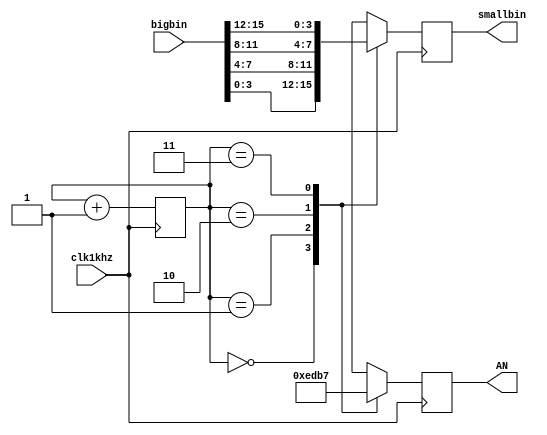
`timescale 1ns / 1ps
module big2small(bigbin, smallbin, AN, clk1khz);
	input [15:0] bigbin;
	output reg [3:0] smallbin;
	output reg [3:0] AN;
	input clk1khz; 
	reg [1:0] count; 
	
	initial begin
		AN = 0;
		smallbin = 0;
		count = 1'b0;
	end
	
	always @(posedge clk1khz) begin
		case (count)
		2'b00: begin 
			AN=4'b1110;
			smallbin = bigbin[3:0];
		end
		2'b01: begin 
			AN=4'b1101;
			smallbin=bigbin[7:4];
		end
		2'b10: begin 
			AN=4'b1011;
			smallbin=bigbin[11:8];
		end
		2'b11: begin 
			AN=4'b0111;
			smallbin=bigbin[15:12];
		end
		default: begin
			AN=4'b1111;
			smallbin=0;
		end
		endcase
		count= count+1'b1;
	end
endmodule